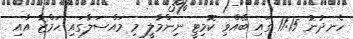
ހެނދުނު 11:15 ގައި ބޭއްވި ކޮމިޓީ ނިންމާލީ މި މައްސަލާގައި ހަމްޒާ އާއި